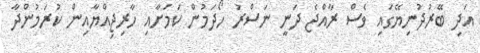
އަދި ބޭރުދުނިޔޭގައި ވެސް ރާއްޖެ ދަނީ ނަސްރު ހޯދަމުން ކަމަށާއި ހާރިޖިއްޔާއިން ކުރަމުންދާ